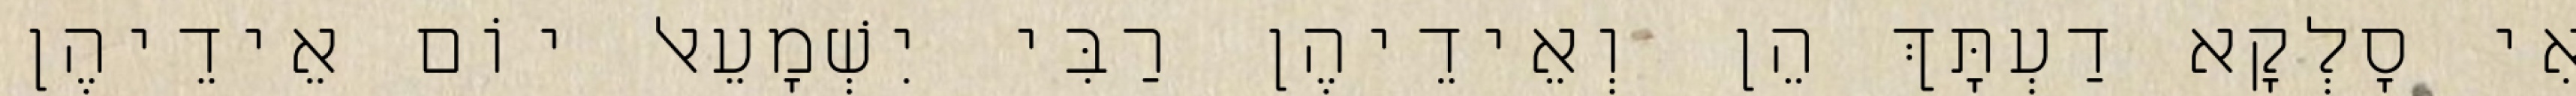
אִי סָלְקָא דַעְתָּךְ הֵן וְאֵידֵיהֶן רַבִּי יִשְׁמָעֵאל יוֹם אֵידֵיהֶן